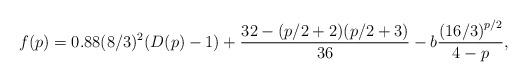
LaTeX: \begin{align*}f(p) = 0.88(8/3)^2(D(p)-1) + \frac{32-(p/2+2)(p/2+3)}{36} - b\frac{\left(16/3\right)^{p/2}}{4-p},\end{align*}